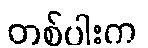
တစ်ပါးက